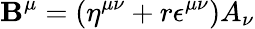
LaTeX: \mathbf{B}^{\mu}=(\eta^{\mu\nu}+r\epsilon^{\mu\nu})A_{\nu}